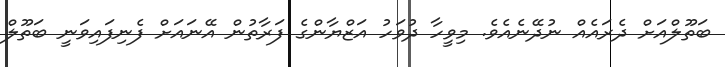
ބަތޫލްއަށް ދެރައެއް ނުދޭނެއެވެ. މިވީހާ ދުވަހު އަޒްޔާންގެ ފަރާތުން އޭނައަށް ފެނިފައިވަނީ ބަތޫލް